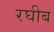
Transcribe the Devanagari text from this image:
रघीब